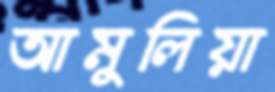
আমুলিয়া